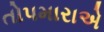
તોપમારાએ